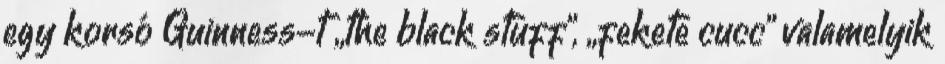
egy korsó Guinness-t „the black stuff”, „fekete cucc” valamelyik